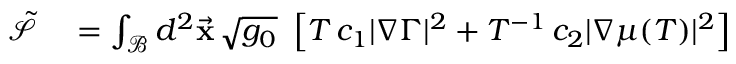
\begin{array} { r l } { \tilde { \mathcal { S } } } & { { } = \int _ { \mathcal { B } } d ^ { 2 } \vec { \bf x } \, \sqrt { g _ { 0 } } \, \, \left[ T \, c _ { 1 } | \nabla { \Gamma } | ^ { 2 } + T ^ { - 1 } \, c _ { 2 } | \nabla \mu ( T ) | ^ { 2 } \right] } \end{array}